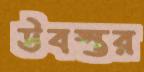
উবস্তর